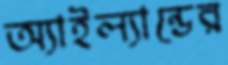
অ্যাইল্যান্ডের